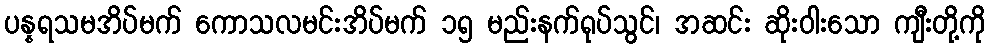
ပန္နရသမအိပ်မက် ကောသလမင်းအိပ်မက် ၁၅ မည်းနက်ရုပ်သွင်၊ အဆင်း ဆိုးဝါးသော ကျီးတို့ကို